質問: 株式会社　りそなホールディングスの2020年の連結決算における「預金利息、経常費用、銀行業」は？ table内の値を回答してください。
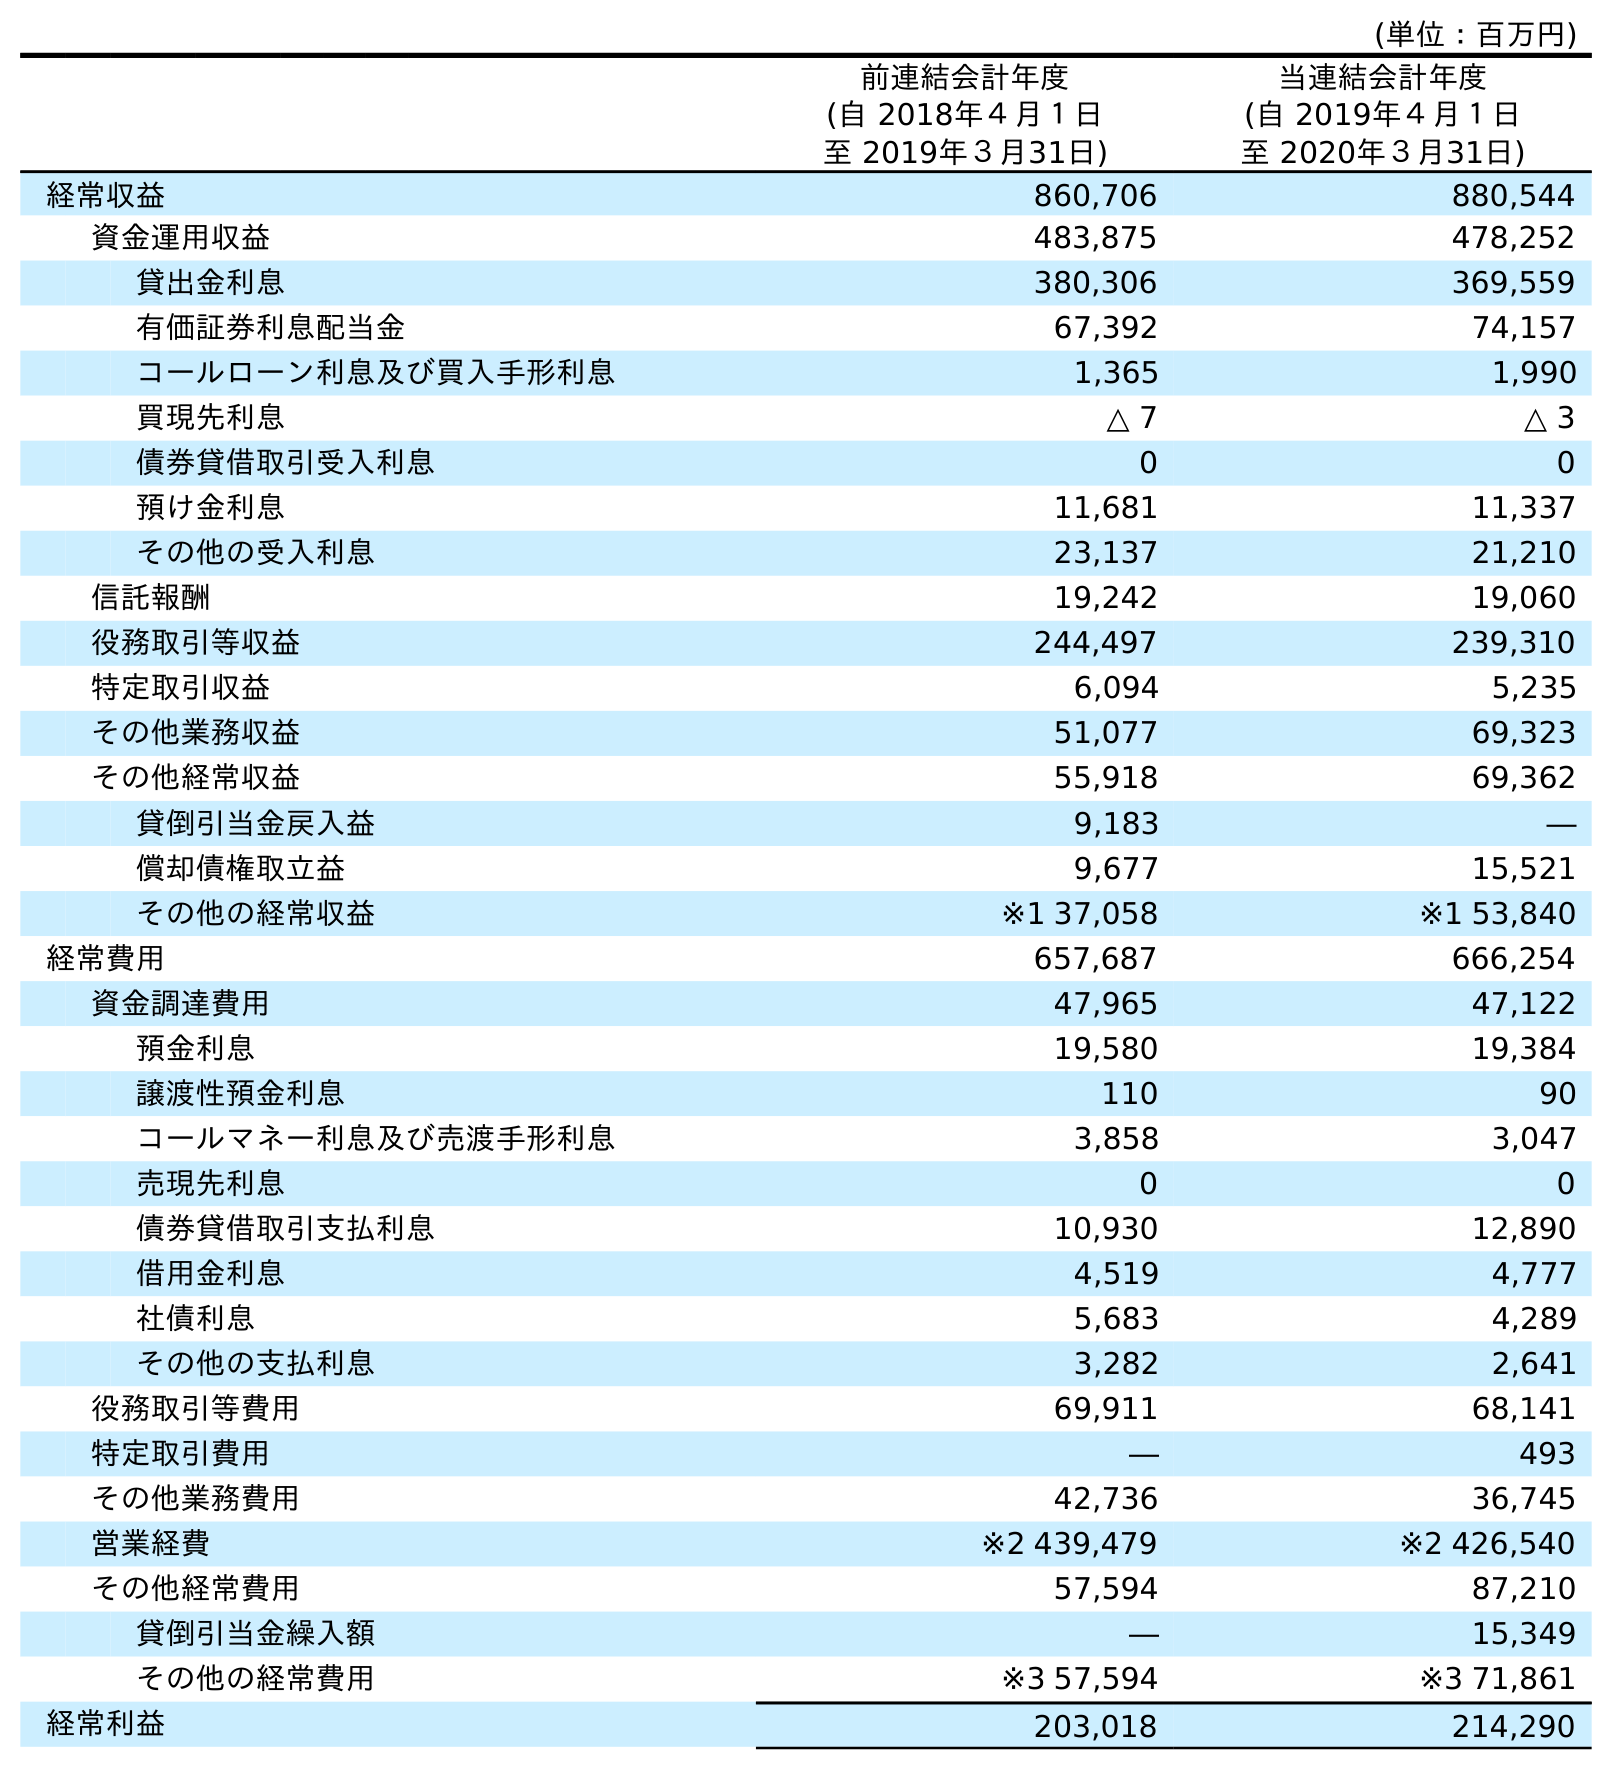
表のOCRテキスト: (単位：百万円) 前連結会計年度 (自 2018年４月１日 至 2019年３月31日) 当連結会計年度 (自 2019年４月１日 至 2020年３月31日) 経常収益 860,706 880,544 資金運用収益 483,875 478,252 貸出金利息 380,306 369,559 有価証券利息配当金 67,392 74,157 コールローン利息及び買入手形利息 1,365 1,990 買現先利息 △ 7 △ 3 債券貸借取引受入利息 0 0 預け金利息 11,681 11,337 その他の受入利息 23,137 21,210 信託報酬 19,242 19,060 役務取引等収益 244,497 239,310 特定取引収益 6,094 5,235 その他業務収益 51,077 69,323 その他経常収益 55,918 69,362 貸倒引当金戻入益 9,183 ― 償却債権取立益 9,677 15,521 その他の経常収益 ※1 37,058 ※1 53,840 経常費用 657,687 666,254 資金調達費用 47,965 47,122 預金利息 19,580 19,384 譲渡性預金利息 110 90 コールマネー利息及び売渡手形利息 3,858 3,047 売現先利息 0 0 債券貸借取引支払利息 10,930 12,890 借用金利息 4,519 4,777 社債利息 5,683 4,289 その他の支払利息 3,282 2,641 役務取引等費用 69,911 68,141 特定取引費用 ― 493 その他業務費用 42,736 36,745 営業経費 ※2 439,479 ※2 426,540 その他経常費用 57,594 87,210 貸倒引当金繰入額 ― 15,349 その他の経常費用 ※3 57,594 ※3 71,861 経常利益 203,018 214,290
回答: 19,384